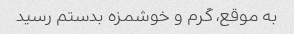
به موقع، گرم و خوشمزه بدستم رسید